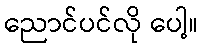
ညောင်ပင်လို ပေါ့။